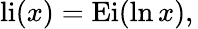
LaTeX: {\mathrm{li}}(x)={\mathrm{Ei}}(\ln x),\,